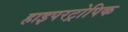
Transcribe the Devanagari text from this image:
हाइपरट्रोपिक